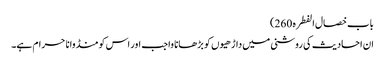
باب خصال الفطرہ 260)
ان احادیث کی روشنی میں داڑھیوں کو بڑھانا واجب اور اس کو منڈوانا حرام ہے۔